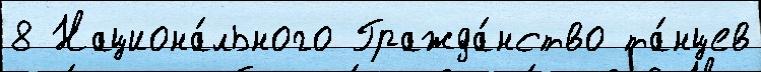
8 Национа́льного Гражда́нство та́нцев